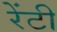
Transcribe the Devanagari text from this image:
रेंटी